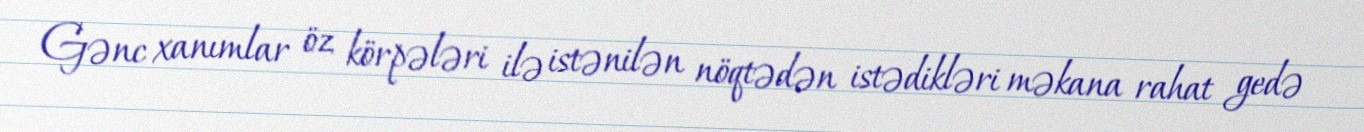
Gənc xanımlar öz körpələri ilə istənilən nöqtədən istədikləri məkana rahat gedə